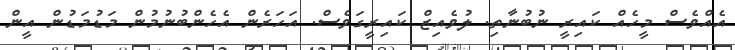
އެއްވެސް މީހެއް ކައިރީ ނުބުނާތި. ލުވެއިޒް ކައިރީގަވެސް. އަހަރެން އެހެންބުނުމުން މަޑުމަޑުން އީން